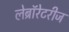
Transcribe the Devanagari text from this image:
लेब्रॉरेटरीज